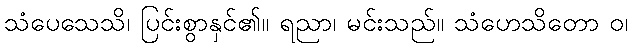
သံပေသေသိ၊ ပြင်းစွာနှင်၏။ ရညာ၊ မင်းသည်။ သံဟေသိတော ဝ၊